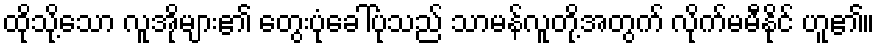
ထိုသို့သော လူအိုများ၏ တွေးပုံခေါ်ပုံသည် သာမန်လူတို့အတွက် လိုက်မမီနိုင် ဟူ၏။